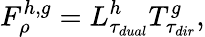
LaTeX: F_{\rho}^{h,g}=L_{\tau_{dual}}^{h}T_{\tau_{dir}}^{g},